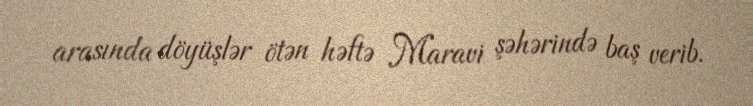
arasında döyüşlər ötən həftə Maravi şəhərində baş verib.